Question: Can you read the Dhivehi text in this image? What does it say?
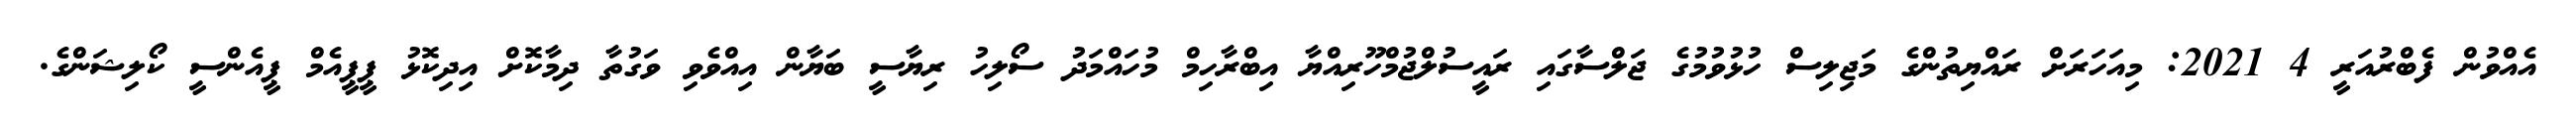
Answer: އެއްވުން ފެބްރުއަރީ 4 2021: މިއަހަރަށް ރައްޔިތުންގެ މަޖިލިސް ހުޅުވުމުގެ ޖަލްސާގައި ރައީސުލްޖުމްހޫރިއްޔާ އިބްރާހިމް މުހައްމަދު ސޯލިހު ރިޔާސީ ބަޔާން އިއްވެވި ވަގުތާ ދިމާކޮށް އިދިކޮޅު ޕީޕީއެމް ޕީއެންސީ ކޯލިޝަންގެ.